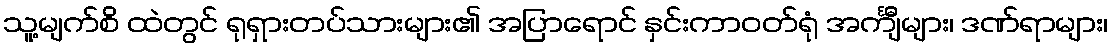
သူ့မျက်စိ ထဲတွင် ရုရှားတပ်သားများ၏ အပြာရောင် နှင်းကာဝတ်ရုံ အင်္ကျီများ၊ ဒဏ်ရာများ၊